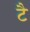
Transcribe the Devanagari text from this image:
टै